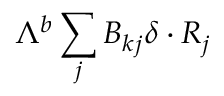
{ \Lambda } ^ { b } \sum _ { j } B _ { k j } \delta \cdot R _ { j }